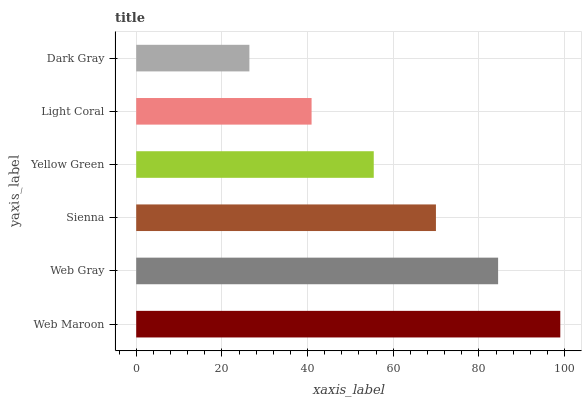
| yaxis_label | bars |
 | --- | --- |
 | Web Maroon | 99 |
 | Web Gray | 84.5 |
 | Sienna | 70 |
 | Yellow Green | 55.5 |
 | Light Coral | 40.9 |
 | Dark Gray | 26.4 |